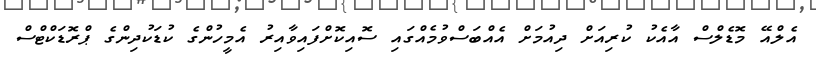
އެލްއޭ މޮޑެލްސް އާއެކު ކުރިއަށް ދިއުމަށް އެއްބަސްވުމެއްގައި ސޮއިކޮށްފައިވާއިރު އެމީހުންގެ ކުޑަކުދިންގެ ޕްރޮޑަކްޓްސް